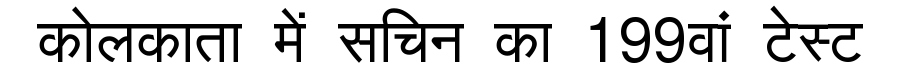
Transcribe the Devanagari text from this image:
कोलकाता में सचिन का 199वां टेस्ट